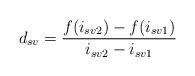
LaTeX: \begin{align*}d_{sv} = \frac{f(i_{sv2})-f(i_{sv1})}{i_{sv2}-i_{sv1}}\end{align*}